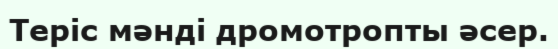
Теріс мəнді дромотропты əсер.